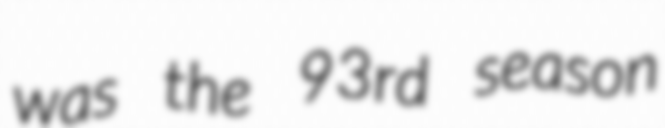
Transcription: was the 93rd season